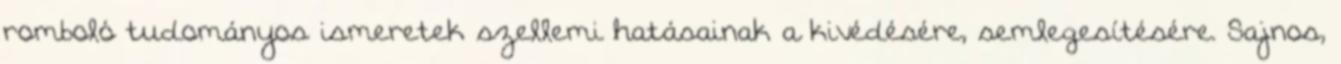
romboló tudományos ismeretek szellemi hatásainak a kivédésére, semlegesítésére. Sajnos,